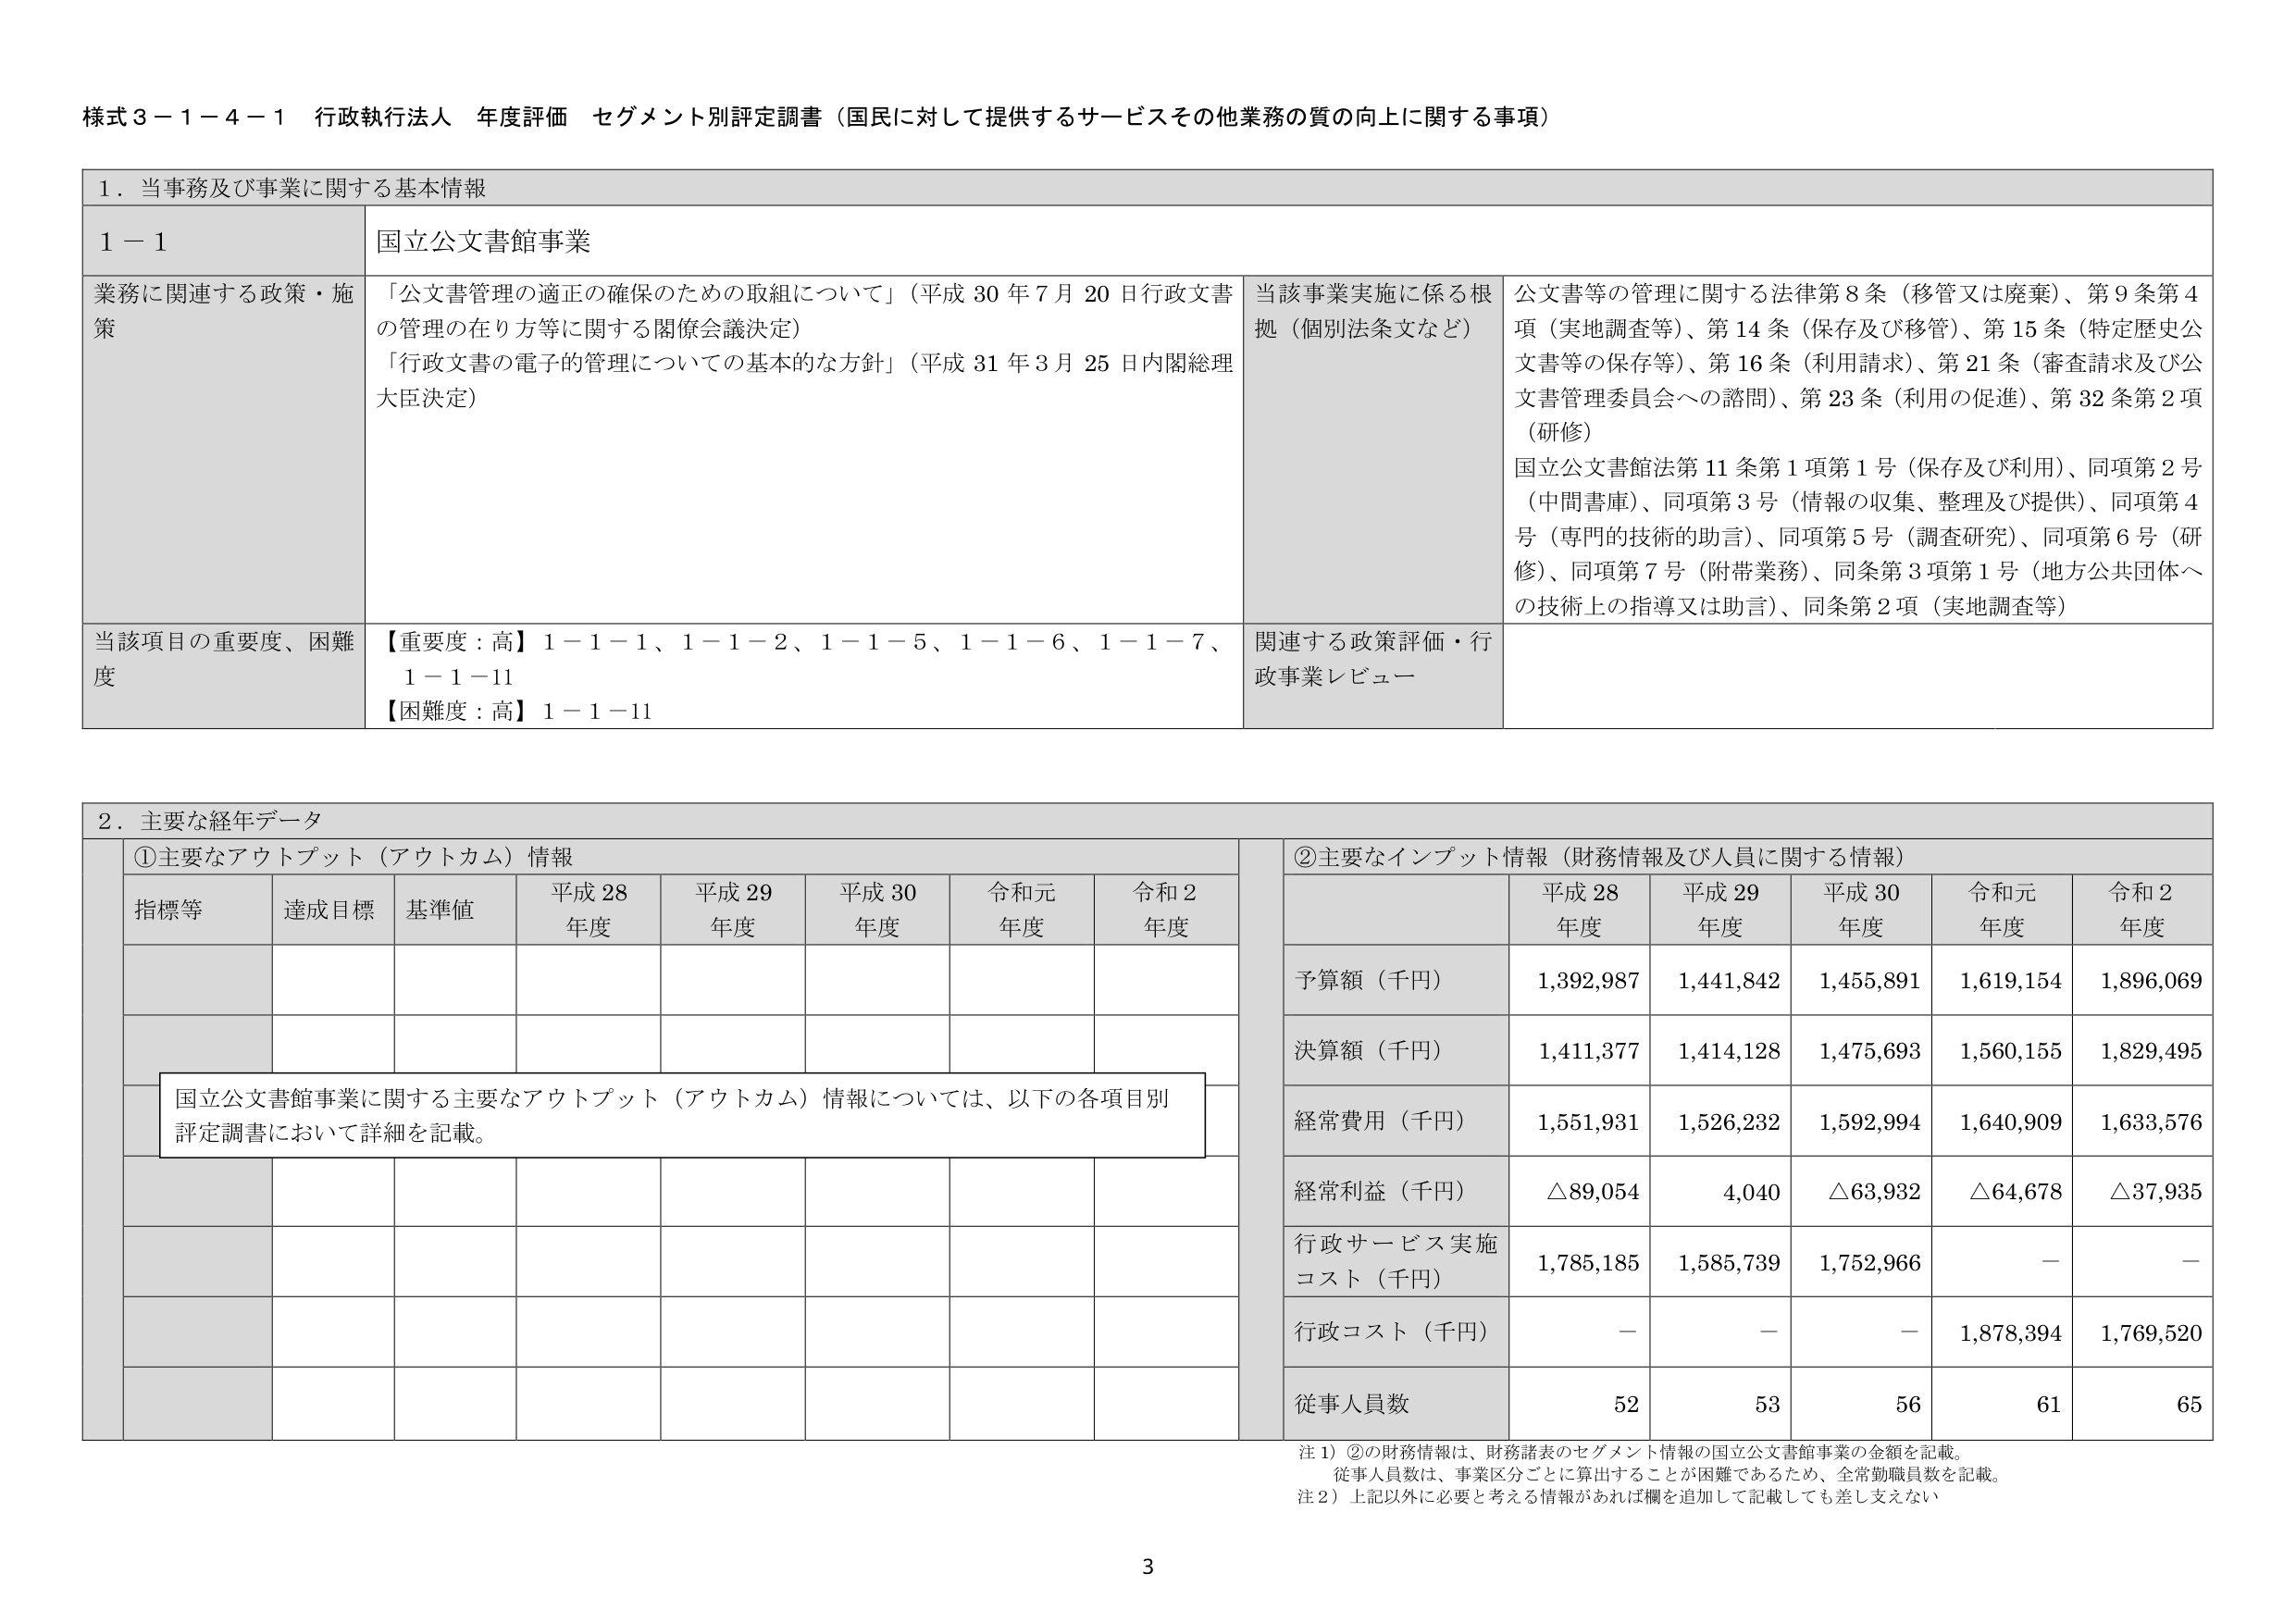
様式３－１－４－１ 行政執行法人 年度評価 セグメント別評定調書（国民に対して提供するサービスその他業務の質の向上に関する事項）

１．当事務及び事業に関する基本情報

１－１ 国立公文書館事業

業務に関連する政策・施策
「公文書管理の適正の確保のための取組について」（平成30年7月20日行政文書の管理の在り方等に関する関係会議決定）
「行政文書の電子的管理についての基本的な方針」（平成31年3月25日内閣総理大臣決定）

当該事業実施に係る根拠（個別法条文など）
公文書等の管理に関する法律第8条（移管又は廃棄）、第9条第4項（実地調査等）、第14条（保存及び移管）、第15条（特定歴史公文書等の保存等）、第16条（利用請求）、第21条（審査請求及び公文書管理委員会への諮問）、第23条（利用の促進）、第32条第2項（研修）
国立公文書館法第11条第1項第1号（保存及び利用）、同項第2号（中間書庫）、同項第3号（情報の収集、整理及び提供）、同項第4号（専門的技術的助言）、同項第5号（調査研究）、同項第6号（研修）、同項第7号（附帯業務）、同条第3項第1号（地方公共団体への技術上の指導又は助言）、同条第2項（実地調査等）

当該項目の重要度、困難度
【重要度：高】1－1－1、1－1－2、1－1－5、1－1－6、1－1－7、1－1－11
【困難度：高】1－1－11

関連する政策評価・行政事業レビュー

２．主要な経年データ

①主要なアウトプット（アウトカム）情報

指標等 達成目標 基準値 平成28年度 平成29年度 平成30年度 令和元年度 令和2年度

国立公文書館事業に関する主要なアウトプット（アウトカム）情報については、以下の各項目別評定調書において詳細を記載。

②主要なインプット情報（財務情報及び人員に関する情報）

予算額（千円） 1,392,987 1,441,842 1,455,891 1,619,154 1,896,069
決算額（千円） 1,411,377 1,414,128 1,475,693 1,560,155 1,829,495
経常費用（千円） 1,551,931 1,526,232 1,592,994 1,640,909 1,633,576
経常利益（千円） △89,054 4,040 △63,932 △64,678 △37,935
行政サービス実施コスト（千円） 1,785,185 1,585,739 1,752,966 － －
行政コスト（千円） － － － 1,878,394 1,769,520
従事人員数 52 53 56 61 65

注１）②の財務情報は、財務諸表のセグメント情報の国立公文書館事業の金額を記載。従事人員数は、事業区分ごとに算出することが困難であるため、全常勤職員数を記載。
注２）上記以外に必要と考える情報があれば欄を追加して記載しても差し支えない。

3